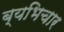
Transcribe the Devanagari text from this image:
ब्यभिचार